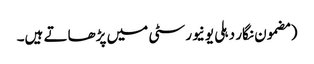
(مضمون نگار دہلی یونیورسٹی میں پڑھاتے ہیں۔